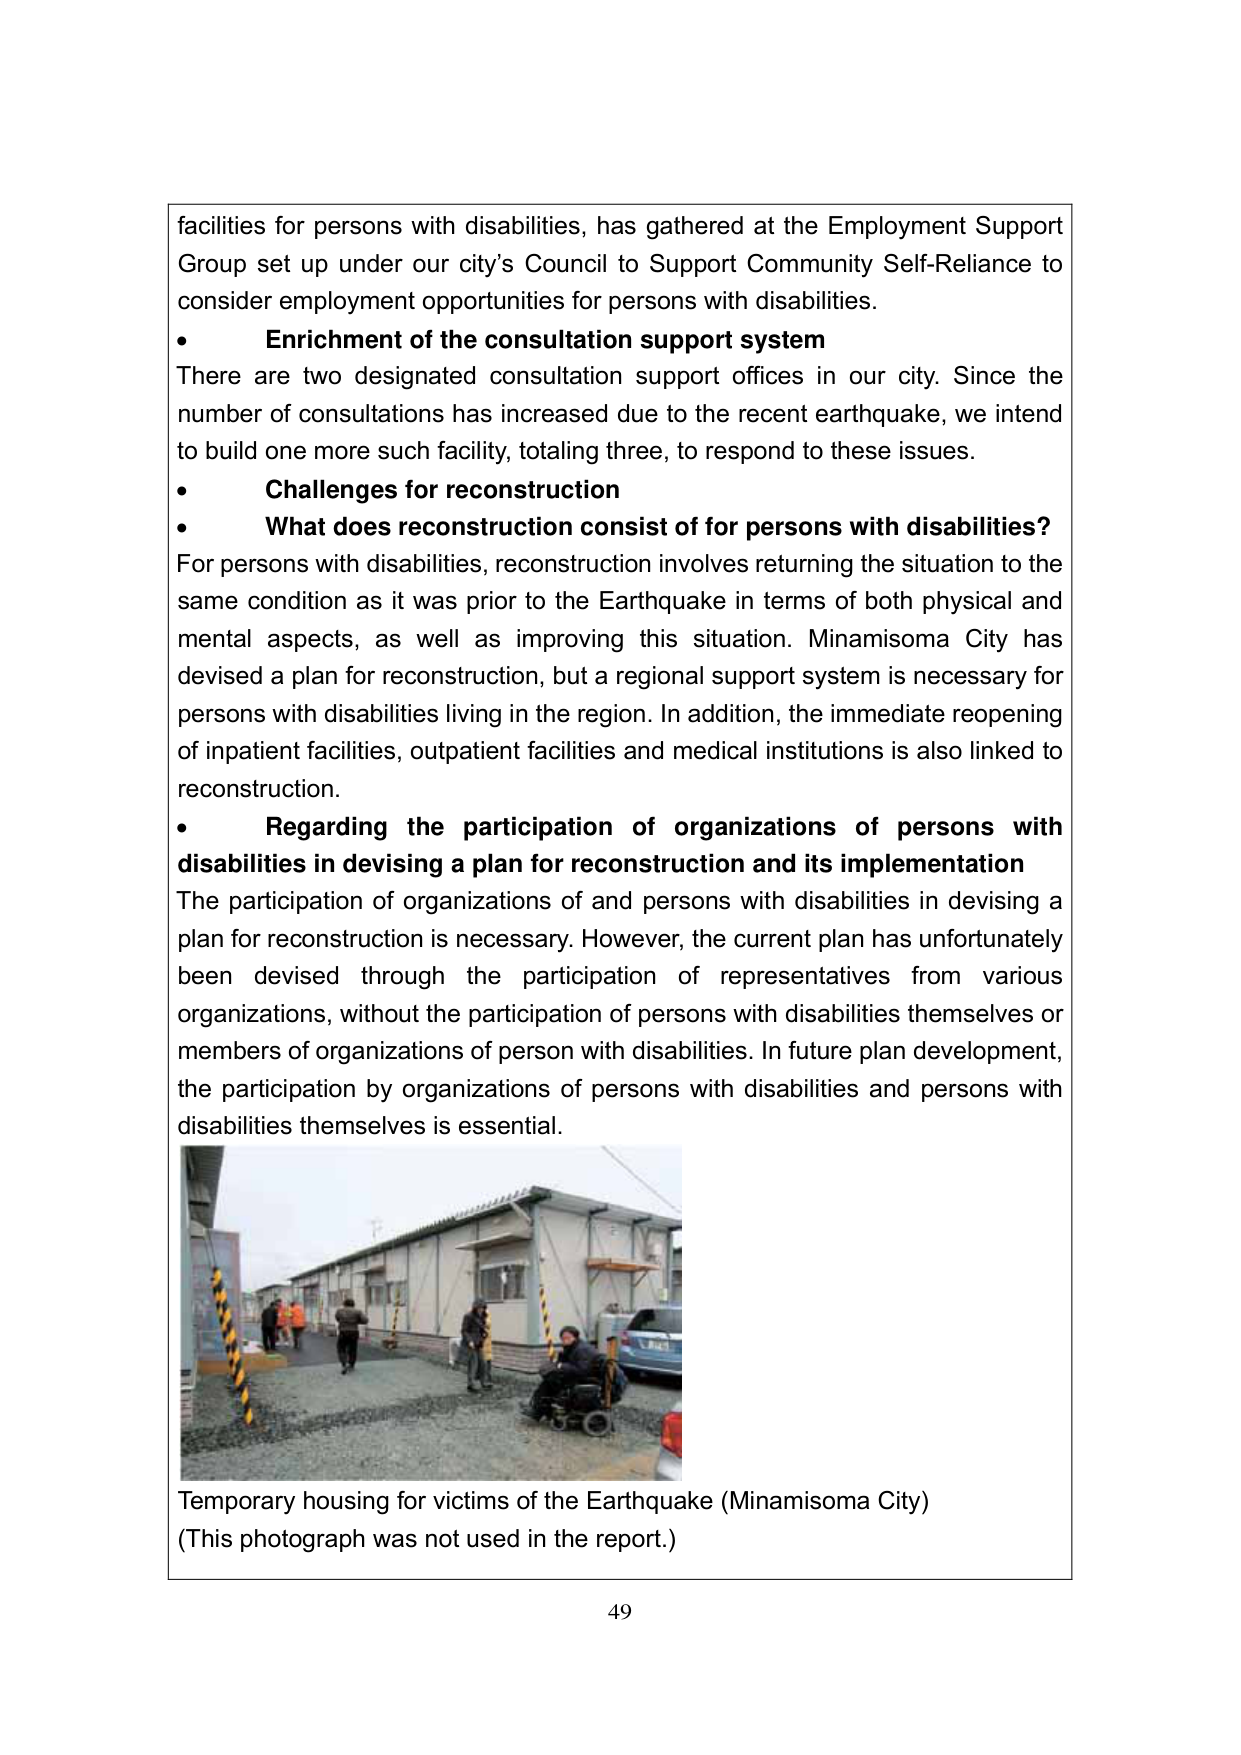
facilities for persons with disabilities, has gathered at the Employment Support Group set up under our city’s Council to Support Community Self-Reliance to consider employment opportunities for persons with disabilities.

• Enrichment of the consultation support system
There are two designated consultation support offices in our city. Since the number of consultations has increased due to the recent earthquake, we intend to build one more such facility, totaling three, to respond to these issues.

• Challenges for reconstruction
• What does reconstruction consist of for persons with disabilities?
For persons with disabilities, reconstruction involves returning the situation to the same condition as it was prior to the Earthquake in terms of both physical and mental aspects, as well as improving this situation. Minamisoma City has devised a plan for reconstruction, but a regional support system is necessary for persons with disabilities living in the region. In addition, the immediate reopening of inpatient facilities, outpatient facilities and medical institutions is also linked to reconstruction.

• Regarding the participation of organizations of persons with disabilities in devising a plan for reconstruction and its implementation
The participation of organizations of and persons with disabilities in devising a plan for reconstruction is necessary. However, the current plan has unfortunately been devised through the participation of representatives from various organizations, without the participation of persons with disabilities themselves or members of organizations of person with disabilities. In future plan development, the participation by organizations of persons with disabilities and persons with disabilities themselves is essential.

Temporary housing for victims of the Earthquake (Minamisoma City)
(This photograph was not used in the report.)

49